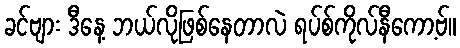
ခင်ဗျား ဒီနေ့ ဘယ်လိုဖြစ်နေတာလဲ ရပ်စ်ကိုလ်နီကော့ဗ်။